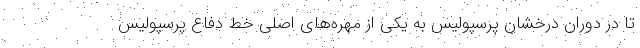
تا در دوران درخشان پرسپولیس به یکی از مهره‌های اصلی خط دفاع پرسپولیس